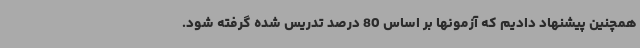
همچنین پیشنهاد دادیم که آزمونها بر اساس 80 درصد تدریس شده گرفته شود.